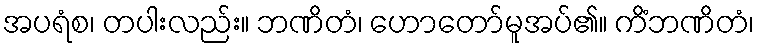
အပရံစ၊ တပါးလည်း။ ဘဏိတံ၊ ဟောတော်မူအပ်၏။ ကိံဘဏိတံ၊